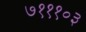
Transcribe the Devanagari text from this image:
७१११०३